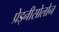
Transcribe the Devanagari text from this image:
प्रेड्नीसोलोन